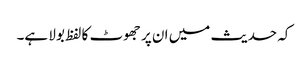
کہ حدیث میں ان پر جھوٹ کا لفظ بولا ہے۔